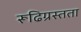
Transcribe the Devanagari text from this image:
रूढिग्रस्तता